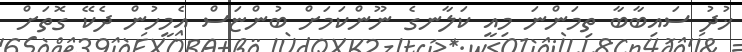
ޚުދު ސައިބާބާ ތިމަންނަ މިއީ ކަލާނގެ ނޫންކަމަށް ބުންޏަސް އެމީހުން ދެކޭ ގޮތަށް